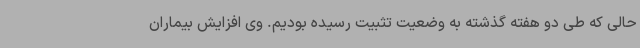
حالی که طی دو هفته گذشته به وضعیت تثبیت رسیده بودیم. وی افزایش بیماران